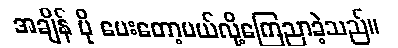
အချိန် ပို ပေးတော့မယ်လို့ကြေညာခဲ့သည်။